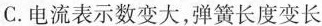
C.电流表示数变大，弹簧长度变长